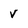
Character: V